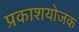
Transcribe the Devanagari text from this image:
प्रकाशयोजक